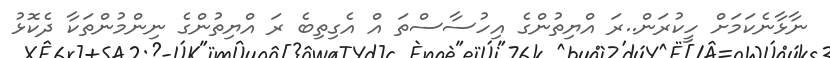
ނާޅާނެކަމަށް ހީކުރަން..ރަ އްޔިތުންގެ އިހުސާސްތަ އް އެގިތިބެ ރަ އްޔިތުންގެ ނިންމުންތަކާ ދެކޮޅު